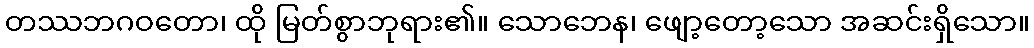
တဿဘဂဝတော၊ ထို မြတ်စွာဘုရား၏။ သောဘေန၊ ဖျော့တော့သော အဆင်းရှိသော။